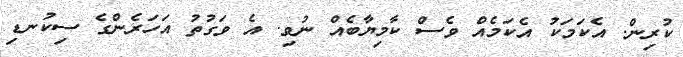
ކުރިން. އެކަމަކު އެކަމެއް ވެސް ކާމިޔާބެއް ނުވި. އެ ވަގުތު އަހަރެންގެ ސިކުނޑި